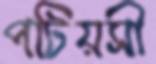
পটিয়সী